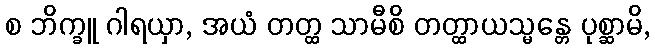
စ ဘိက္ခူ ဂါရယှာ, အယံ တတ္ထ သာမီစိ တတ္ထာယသ္မန္တေ ပုစ္ဆာမိ,